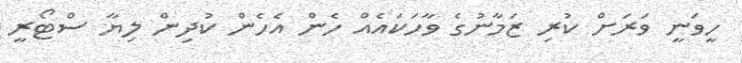
ހީވަނީ ވަރަށް ކުރި ޒަމާނުގެ ވާހަކައެއް ހެން އެހެން ކުދިން ލިޔާ ސްޓޯރީ